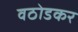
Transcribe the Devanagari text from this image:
वठोडकर